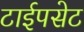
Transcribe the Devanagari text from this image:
टाईपसेट